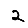
Digit: 2